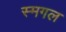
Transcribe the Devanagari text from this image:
स्मगल